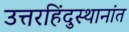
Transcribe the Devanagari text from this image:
उत्तरहिंदुस्थानांत